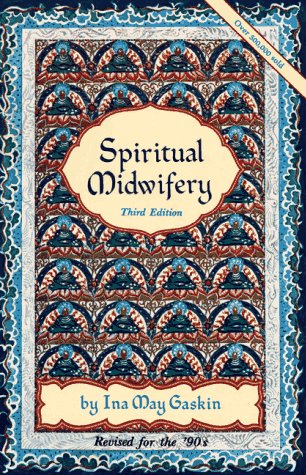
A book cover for Spiritual Midwifery; Ina May Gaskin; Medical Books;